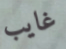
غايب